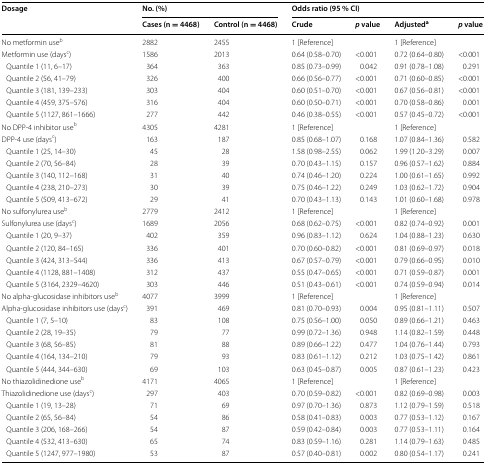
<table><thead><tr><td rowspan="2"><b>Dosage</b></td><td colspan="2"><b>No. (%)</b></td><td colspan="4"><b>Odds ratio (95 % CI)</b></td></tr><tr><td><b>Cases (n = 4468)</b></td><td><b>Control (n = 4468)</b></td><td><b>Crude</b></td><td><b><i>p</i> value</b></td><td><b>Adjusted<sup>a</sup></b></td><td><b><i>p</i> value</b></td></tr></thead><tbody><tr><td>No metformin use<sup>b</sup></td><td>2882</td><td>2455</td><td>1 [Reference]</td><td></td><td>1 [Reference]</td><td></td></tr><tr><td>Metformin use (days<sup>c</sup>)</td><td>1586</td><td>2013</td><td>0.64 (0.58–0.70)</td><td>&lt;0.001</td><td>0.72 (0.64–0.80)</td><td>&lt;0.001</td></tr><tr><td> Quantile 1 (11, 6–17)</td><td>364</td><td>363</td><td>0.85 (0.73–0.99)</td><td>0.042</td><td>0.91 (0.78–1.08)</td><td>0.291</td></tr><tr><td> Quantile 2 (56, 41–79)</td><td>326</td><td>400</td><td>0.66 (0.56–0.77)</td><td>&lt;0.001</td><td>0.71 (0.60–0.85)</td><td>&lt;0.001</td></tr><tr><td> Quantile 3 (181, 139–233)</td><td>303</td><td>404</td><td>0.60 (0.51–0.70)</td><td>&lt;0.001</td><td>0.67 (0.56–0.81)</td><td>&lt;0.001</td></tr><tr><td> Quantile 4 (459, 375–576)</td><td>316</td><td>404</td><td>0.60 (0.50–0.71)</td><td>&lt;0.001</td><td>0.70 (0.58–0.86)</td><td>0.001</td></tr><tr><td> Quantile 5 (1127, 861–1666)</td><td>277</td><td>442</td><td>0.46 (0.38–0.55)</td><td>&lt;0.001</td><td>0.57 (0.45–0.72)</td><td>&lt;0.001</td></tr><tr><td>No DPP-4 inhibitor use<sup>b</sup></td><td>4305</td><td>4281</td><td>1 [Reference]</td><td></td><td>1 [Reference]</td><td></td></tr><tr><td>DPP-4 use (days<sup>c</sup>)</td><td>163</td><td>187</td><td>0.85 (0.68–1.07)</td><td>0.168</td><td>1.07 (0.84–1.36)</td><td>0.582</td></tr><tr><td> Quantile 1 (25, 14–30)</td><td>45</td><td>28</td><td>1.58 (0.98–2.55)</td><td>0.062</td><td>1.99 (1.20–3.29)</td><td>0.007</td></tr><tr><td> Quantile 2 (70, 56–84)</td><td>28</td><td>39</td><td>0.70 (0.43–1.15)</td><td>0.157</td><td>0.96 (0.57–1.62)</td><td>0.884</td></tr><tr><td> Quantile 3 (140, 112–168)</td><td>31</td><td>40</td><td>0.74 (0.46–1.20)</td><td>0.224</td><td>1.00 (0.61–1.65)</td><td>0.992</td></tr><tr><td> Quantile 4 (238, 210–273)</td><td>30</td><td>39</td><td>0.75 (0.46–1.22)</td><td>0.249</td><td>1.03 (0.62–1.72)</td><td>0.904</td></tr><tr><td> Quantile 5 (509, 413–672)</td><td>29</td><td>41</td><td>0.70 (0.43–1.13)</td><td>0.143</td><td>1.01 (0.60–1.68)</td><td>0.978</td></tr><tr><td>No sulfonylurea use<sup>b</sup></td><td>2779</td><td>2412</td><td>1 [Reference]</td><td></td><td>1 [Reference]</td><td></td></tr><tr><td>Sulfonylurea use (days<sup>c</sup>)</td><td>1689</td><td>2056</td><td>0.68 (0.62–0.75)</td><td>&lt;0.001</td><td>0.82 (0.74–0.92)</td><td>0.001</td></tr><tr><td> Quantile 1 (20, 9–37)</td><td>402</td><td>359</td><td>0.96 (0.83–1.12)</td><td>0.624</td><td>1.04 (0.88–1.23)</td><td>0.630</td></tr><tr><td> Quantile 2 (120, 84–165)</td><td>336</td><td>401</td><td>0.70 (0.60–0.82)</td><td>&lt;0.001</td><td>0.81 (0.69–0.97)</td><td>0.018</td></tr><tr><td> Quantile 3 (424, 313–544)</td><td>336</td><td>413</td><td>0.67 (0.57–0.79)</td><td>&lt;0.001</td><td>0.79 (0.66–0.95)</td><td>0.010</td></tr><tr><td> Quantile 4 (1128, 881–1408)</td><td>312</td><td>437</td><td>0.55 (0.47–0.65)</td><td>&lt;0.001</td><td>0.71 (0.59–0.87)</td><td>0.001</td></tr><tr><td> Quantile 5 (3164, 2329–4620)</td><td>303</td><td>446</td><td>0.51 (0.43–0.61)</td><td>&lt;0.001</td><td>0.74 (0.59–0.94)</td><td>0.014</td></tr><tr><td>No alpha-glucosidase inhibitors use<sup>b</sup></td><td>4077</td><td>3999</td><td>1 [Reference]</td><td></td><td>1 [Reference]</td><td></td></tr><tr><td>Alpha-glucosidase inhibitors use (days<sup>c</sup>)</td><td>391</td><td>469</td><td>0.81 (0.70–0.93)</td><td>0.004</td><td>0.95 (0.81–1.11)</td><td>0.507</td></tr><tr><td> Quantile 1 (7, 5–10)</td><td>83</td><td>108</td><td>0.75 (0.56–1.00)</td><td>0.050</td><td>0.89 (0.66–1.21)</td><td>0.463</td></tr><tr><td> Quantile 2 (28, 19–35)</td><td>79</td><td>77</td><td>0.99 (0.72–1.36)</td><td>0.948</td><td>1.14 (0.82–1.59)</td><td>0.448</td></tr><tr><td> Quantile 3 (68, 56–85)</td><td>81</td><td>88</td><td>0.89 (0.66–1.22)</td><td>0.477</td><td>1.04 (0.76–1.44)</td><td>0.793</td></tr><tr><td> Quantile 4 (164, 134–210)</td><td>79</td><td>93</td><td>0.83 (0.61–1.12)</td><td>0.212</td><td>1.03 (0.75–1.42)</td><td>0.861</td></tr><tr><td> Quantile 5 (444, 344–630)</td><td>69</td><td>103</td><td>0.63 (0.45–0.87)</td><td>0.005</td><td>0.87 (0.61–1.23)</td><td>0.423</td></tr><tr><td>No thiazolidinedione use<sup>b</sup></td><td>4171</td><td>4065</td><td>1 [Reference]</td><td></td><td>1 [Reference]</td><td></td></tr><tr><td>Thiazolidinedione use (days<sup>c</sup>)</td><td>297</td><td>403</td><td>0.70 (0.59–0.82)</td><td>&lt;0.001</td><td>0.82 (0.69–0.98)</td><td>0.003</td></tr><tr><td> Quantile 1 (19, 13–28)</td><td>71</td><td>69</td><td>0.97 (0.70–1.36)</td><td>0.873</td><td>1.12 (0.79–1.59)</td><td>0.518</td></tr><tr><td> Quantile 2 (65, 56–84)</td><td>54</td><td>86</td><td>0.58 (0.41–0.83)</td><td>0.003</td><td>0.77 (0.53–1.12)</td><td>0.167</td></tr><tr><td> Quantile 3 (206, 168–266)</td><td>54</td><td>87</td><td>0.59 (0.42–0.84)</td><td>0.003</td><td>0.77 (0.53–1.11)</td><td>0.164</td></tr><tr><td> Quantile 4 (532, 413–630)</td><td>65</td><td>74</td><td>0.83 (0.59–1.16)</td><td>0.281</td><td>1.14 (0.79–1.63)</td><td>0.485</td></tr><tr><td> Quantile 5 (1247, 977–1980)</td><td>53</td><td>87</td><td>0.57 (0.40–0.81)</td><td>0.002</td><td>0.80 (0.54–1.17)</td><td>0.241</td></tr></tbody></table>